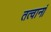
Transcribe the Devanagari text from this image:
तत्वानां